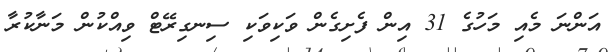
އަންނަ މެއި މަހުގެ 31 އިން ފެށިގެން ވަކިވަކި ސިނގިރޭޓް ވިއްކުން މަނާކުރާ